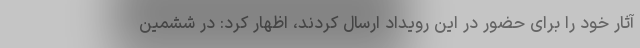
آثار خود را برای حضور در این رویداد ارسال کردند، اظهار کرد: در ششمین